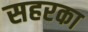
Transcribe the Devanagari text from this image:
सहरका